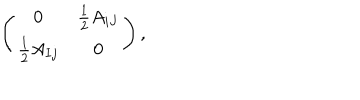
LaTeX: \left( \begin{array} { c c } { { 0 } } & { { { \frac { 1 } { 2 } } A _ { i J } } } \\ { { { \frac { 1 } { 2 } } A _ { I j } } } & { { 0 } } \\ \end{array} \right) ,